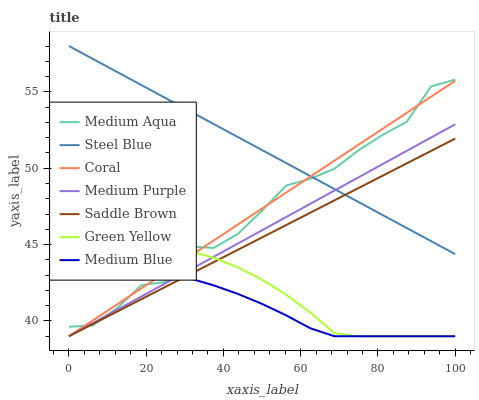
| xaxis_label | Medium Aqua | Steel Blue | Coral | Medium Purple | Saddle Brown | Green Yellow | Medium Blue |
 | --- | --- | --- | --- | --- | --- | --- | --- |
 | 0 | 39.6 | 58 | 39 | 39 | 39 | 44.1 | 43.7 |
 | 6.25 | 39.7 | 57.1 | 40 | 39.9 | 39.8 | 44.5 | 43.7 |
 | 12.5 | 40.8 | 56.3 | 41.1 | 40.7 | 40.6 | 44.8 | 43.6 |
 | 18.8 | 42.3 | 55.4 | 42.1 | 41.6 | 41.4 | 44.9 | 43.4 |
 | 25 | 42.6 | 54.6 | 43.2 | 42.5 | 42.2 | 44.8 | 43.2 |
 | 31.2 | 44.9 | 53.7 | 44.2 | 43.3 | 43 | 44.6 | 42.8 |
 | 37.5 | 44.8 | 52.9 | 45.3 | 44.2 | 43.9 | 44.1 | 42.3 |
 | 43.8 | 45.7 | 52 | 46.3 | 45.1 | 44.7 | 43.5 | 41.8 |
 | 50 | 47.2 | 51.2 | 47.4 | 45.9 | 45.5 | 42.7 | 41.1 |
 | 56.2 | 48.9 | 50.3 | 48.4 | 46.8 | 46.3 | 41.7 | 40.4 |
 | 62.5 | 49.3 | 49.5 | 49.5 | 47.7 | 47.1 | 40.6 | 39.5 |
 | 68.8 | 50 | 48.6 | 50.5 | 48.5 | 47.9 | 39.2 | 39 |
 | 75 | 51.2 | 47.8 | 51.5 | 49.4 | 48.7 | 39 | 39 |
 | 81.2 | 52.2 | 46.9 | 52.6 | 50.3 | 49.5 | 39 | 39 |
 | 87.5 | 53 | 46.1 | 53.6 | 51.1 | 50.3 | 39 | 39 |
 | 93.8 | 55.4 | 45.2 | 54.7 | 52 | 51.1 | 39 | 39 |
 | 100 | 55.8 | 44.4 | 55.7 | 52.9 | 51.9 | 39 | 39 |